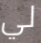
لي